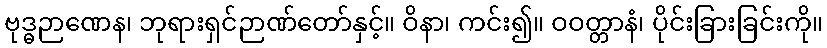
ဗုဒ္ဓဉာဏေန၊ ဘုရားရှင်ဉာဏ်တော်နှင့်။ ဝိနာ၊ ကင်း၍။ ဝဝတ္တာနံ၊ ပိုင်းခြားခြင်းကို။